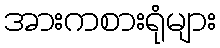
အားကစားရုံများ